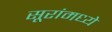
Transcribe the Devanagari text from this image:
सूरांमध्ये